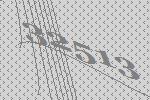
32513